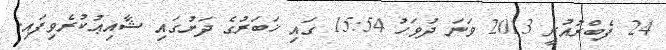
24 ފެބްރުއުރީ 2013 ވަނަ ދުވަހު 15:54 ގައި ޚަބަރުގެ ދަށުގައި ޝާއިޢުކުރެވިފައި.